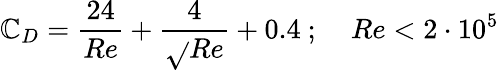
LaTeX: \mathbb{C}_{D}={\frac{{24}}{{Re}}}+{\frac{{4}}{{\sqrt{}{{Re}}}}}+0.4~{\mathrm{{;}}}~~~~~Re<2\cdot10^{5}